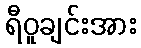
ရီဝူချင်းအား